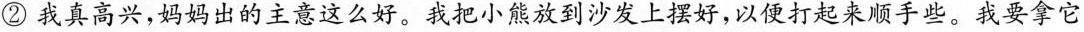
②我真高兴，妈妈出的主意这么好。我把小熊放到沙发上摆好，以便打起来顺手些。我要拿